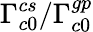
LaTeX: \Gamma_{c0}^{cs}/\Gamma_{c0}^{gp}